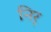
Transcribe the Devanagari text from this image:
निर्